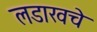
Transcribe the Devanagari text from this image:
लडाखचे